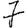
Digit: 7